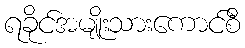
ရခိုင်အမျိုးသားကောင်စီ